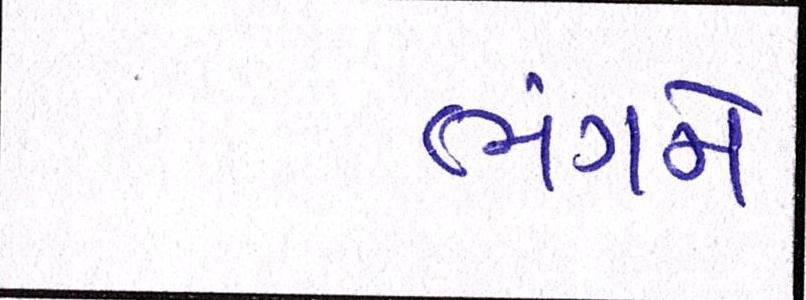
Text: ભંગને